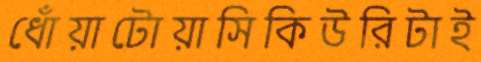
ধোঁয়াটোয়াসিকিউরিটাই